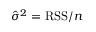
{ \hat { \sigma } } ^ { 2 } = \mathrm { R S S } / n